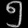
Digit: ၅